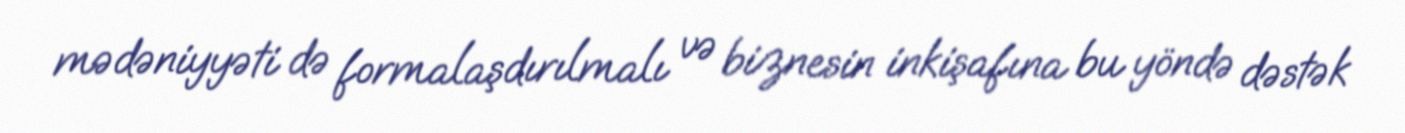
mədəniyyəti də formalaşdırılmalı və biznesin inkişafına bu yöndə dəstək